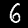
Label: 6